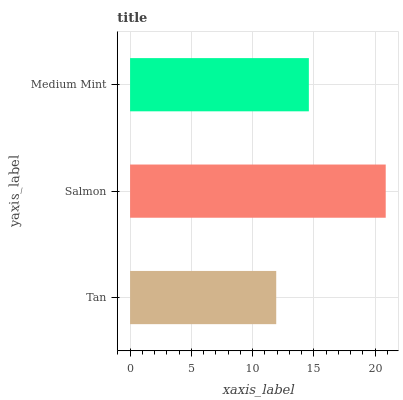
| yaxis_label | bars |
 | --- | --- |
 | Tan | 11.9 |
 | Salmon | 20.9 |
 | Medium Mint | 14.6 |